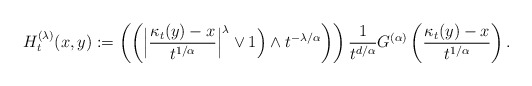
\begin{align*}H_t^{(\lambda)} (x,y):=\left(\left( \Big|\frac{\kappa_t(y)-x}{t^{1/\alpha}}\Big|^\lambda \vee 1 \Big) \wedge t^{-\lambda/\alpha}\right) \right)\frac{1}{t^{d/\alpha}} G^{(\alpha)} \left({\kappa_t(y)-x\over t^{1/\alpha}}\right).\end{align*}